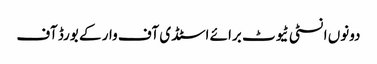
دونوں انسٹی ٹیوٹ برائے اسٹڈی آف وار کے بورڈ آف